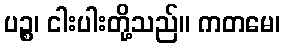
ပဉ္စ၊ ငါးပါးတို့သည်။ ကတမေ၊